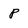
Character: p